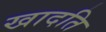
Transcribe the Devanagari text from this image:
खादति